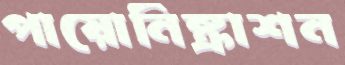
পায়োনিষ্কাশন